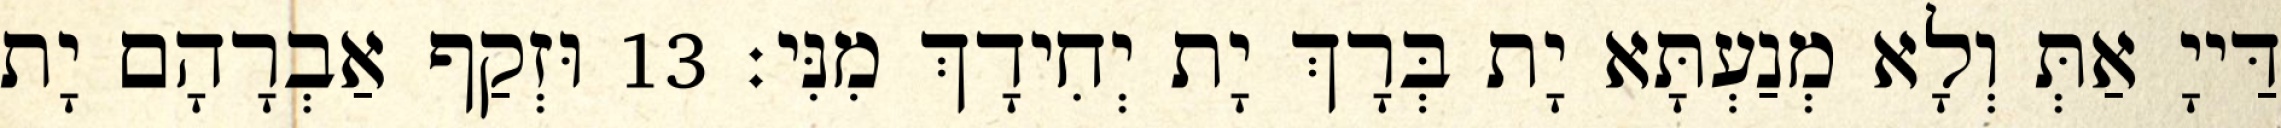
דַּייָ אַתְּ וְלָא מְנַעְתָּא יָת בְּרָךְ יָת יְחִידָךְ מִנִּי׃ 13 וּזְקַף אַבְרָהָם יָת